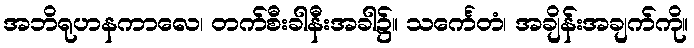
အဘိရုဟနကာလေ၊ တက်စီးခါနီးအခါ၌။ သင်္ကေတံ၊ အချိန်းအချက်ကို။